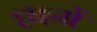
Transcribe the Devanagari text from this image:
छानों